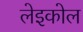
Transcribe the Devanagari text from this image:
लेइकोल